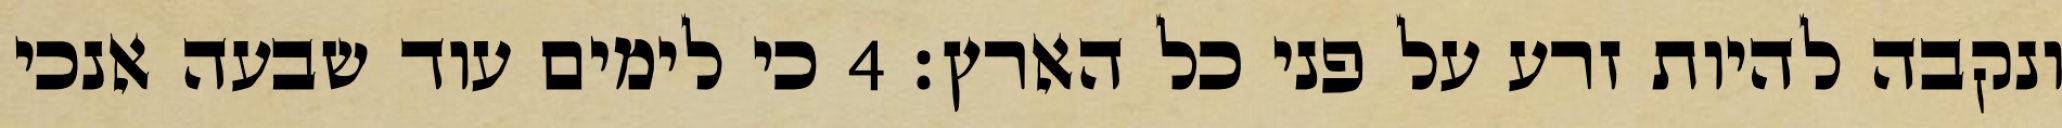
ונקבה להיות זרע על פני כל הארץ׃ ‎4‏ כי לימים עוד שבעה אנכי